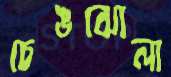
চেঙঝোলা